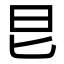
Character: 㫐